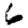
Digit: 6